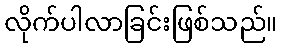
လိုက်ပါလာခြင်းဖြစ်သည်။